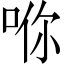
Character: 𪡇